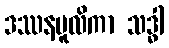
ဒဿနမူလိကာ သဒ္ဓါ